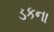
ડકના